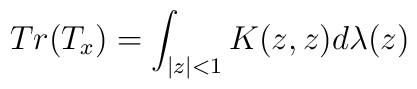
Tr(T_{x})= \int_{|z|<1}  K(z,z)d\lambda(z)